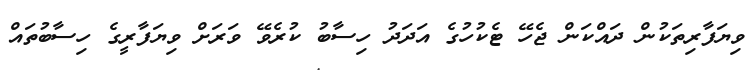
ވިޔަފާރިތަކުން ދައްކަން ޖެހޭ ޓެކުހުގެ އަދަދު ހިސާބު ކުރެވޭ ވަރަށް ވިޔަފާރީގެ ހިސާބުތައް